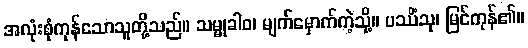
အလုံးစုံကုန်သောသူတို့သည်။ သမ္မုခါဝ၊ မျက်မှောက်ကဲ့သို့။ ပဿိံသု၊ မြင်ကုန်၏။